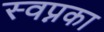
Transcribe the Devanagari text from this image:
स्वप्नका